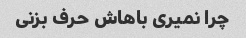
چرا نمیری باهاش ​​حرف بزنی